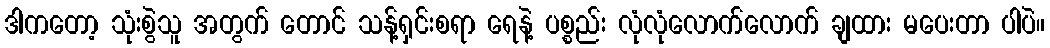
ဒါကတော့ သုံးစွဲသူ အတွက် တောင် သန့်ရှင်းစရာ ရေနဲ့ ပစ္စည်း လုံလုံလောက်လောက် ချထား မပေးတာ ပါပဲ။